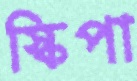
স্কিপা